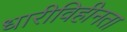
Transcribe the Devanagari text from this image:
धारीविहीनता